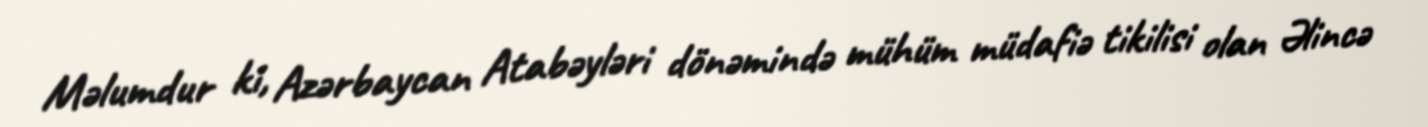
Məlumdur ki, Azərbaycan Atabəyləri dönəmində mühüm müdafiə tikilisi olan Əlincə